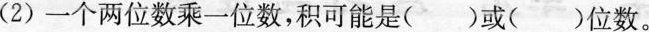
(2) 一个两位数乘一位数，积可能是( )或( )位数。